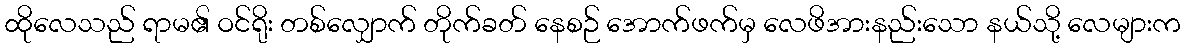
ထိုလေသည် ရာမ၏ ဝင်ရိုး တစ်လျှောက် တိုက်ခတ် နေစဉ် အောက်ဖက်မှ လေဖိအားနည်းသော နယ်သို့ လေများက